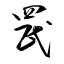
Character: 罠